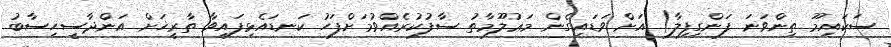
ސަކައިމޫ ތިންވަނަ ފަންގިފިލާ) އަށް ވަޑައިގެން މަޢުލޫމާތު ސާފުކުރެއްވުމަށްފަހު ކަނޑައެޅިފައިވާ ތާރީޚަށް އަންދާސީހިސާބު